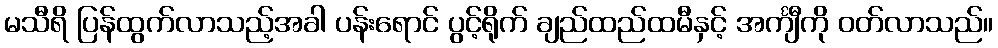
မသီရိ ပြန်ထွက်လာသည့်အခါ ပန်းရောင် ပွင့်ရိုက် ချည်ထည်ထမီနှင့် အင်္ကျီကို ဝတ်လာသည်။